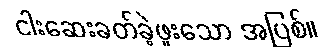
ငါးဆေးခတ်ခဲ့ဖူးသော အပြစ်။